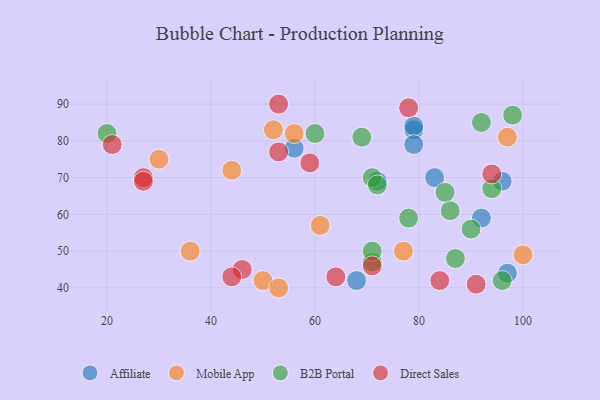
{"axis": {"x": "GDP", "y": "Life Expectancy"}, "legend": ["Affiliate", "B2B Portal", "Direct Sales", "Mobile App"], "data": [{"x": "68", "y": 42, "type": "Affiliate"}, {"x": "72", "y": 69, "type": "Affiliate"}, {"x": "56", "y": 78, "type": "Affiliate"}, {"x": "83", "y": 70, "type": "Affiliate"}, {"x": "96", "y": 69, "type": "Affiliate"}, {"x": "79", "y": 83, "type": "Affiliate"}, {"x": "97", "y": 44, "type": "Affiliate"}, {"x": "79", "y": 84, "type": "Affiliate"}, {"x": "79", "y": 79, "type": "Affiliate"}, {"x": "92", "y": 59, "type": "Affiliate"}, {"x": "36", "y": 50, "type": "Mobile App"}, {"x": "97", "y": 81, "type": "Mobile App"}, {"x": "100", "y": 49, "type": "Mobile App"}, {"x": "50", "y": 42, "type": "Mobile App"}, {"x": "77", "y": 50, "type": "Mobile App"}, {"x": "61", "y": 57, "type": "Mobile App"}, {"x": "52", "y": 83, "type": "Mobile App"}, {"x": "30", "y": 75, "type": "Mobile App"}, {"x": "53", "y": 40, "type": "Mobile App"}, {"x": "56", "y": 82, "type": "Mobile App"}, {"x": "44", "y": 72, "type": "Mobile App"}, {"x": "71", "y": 47, "type": "B2B Portal"}, {"x": "98", "y": 87, "type": "B2B Portal"}, {"x": "20", "y": 82, "type": "B2B Portal"}, {"x": "86", "y": 61, "type": "B2B Portal"}, {"x": "87", "y": 48, "type": "B2B Portal"}, {"x": "71", "y": 50, "type": "B2B Portal"}, {"x": "60", "y": 82, "type": "B2B Portal"}, {"x": "85", "y": 66, "type": "B2B Portal"}, {"x": "69", "y": 81, "type": "B2B Portal"}, {"x": "96", "y": 42, "type": "B2B Portal"}, {"x": "90", "y": 56, "type": "B2B Portal"}, {"x": "71", "y": 70, "type": "B2B Portal"}, {"x": "72", "y": 68, "type": "B2B Portal"}, {"x": "78", "y": 59, "type": "B2B Portal"}, {"x": "92", "y": 85, "type": "B2B Portal"}, {"x": "94", "y": 67, "type": "B2B Portal"}, {"x": "53", "y": 77, "type": "Direct Sales"}, {"x": "78", "y": 89, "type": "Direct Sales"}, {"x": "21", "y": 79, "type": "Direct Sales"}, {"x": "27", "y": 70, "type": "Direct Sales"}, {"x": "91", "y": 41, "type": "Direct Sales"}, {"x": "46", "y": 45, "type": "Direct Sales"}, {"x": "84", "y": 42, "type": "Direct Sales"}, {"x": "59", "y": 74, "type": "Direct Sales"}, {"x": "94", "y": 71, "type": "Direct Sales"}, {"x": "27", "y": 69, "type": "Direct Sales"}, {"x": "71", "y": 46, "type": "Direct Sales"}, {"x": "53", "y": 90, "type": "Direct Sales"}, {"x": "64", "y": 43, "type": "Direct Sales"}, {"x": "44", "y": 43, "type": "Direct Sales"}]}